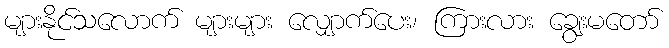
များနိုင်သလောက် များများ လျှောက်ပေး၊ ကြားလား ချွေးမတော်